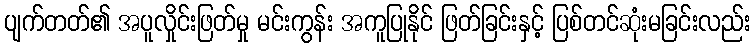
ပျက်တတ်၏ အပူလှိုင်းဖြတ်မှု မင်းကွန်း အကူပြုနိုင် ဖြတ်ခြင်းနှင့် ပြစ်တင်ဆုံးမခြင်းလည်း